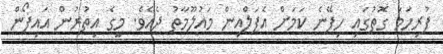
ފުރިހަމަ ގޮތުގައި ހިފޭނެ ކަމަށް އެޕަލްއިން މައުލޫމާތު ދެއެވެ. މީގެ އިތުރުން އައިފޯން